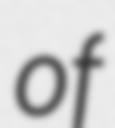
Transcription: of